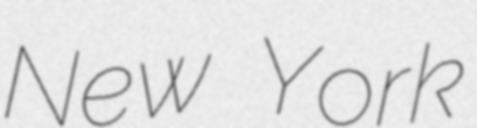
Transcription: New York